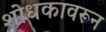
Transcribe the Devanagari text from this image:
शोधकावरून